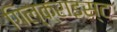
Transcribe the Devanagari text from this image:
गिल्क्राइस्ट